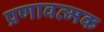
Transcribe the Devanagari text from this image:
प्रणावत्मक